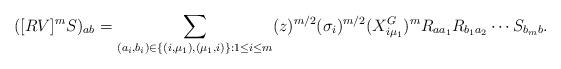
LaTeX: \begin{align*} ([RV]^m S)_{ab}= \sum_{(a_i,b_i) \in \{(i,\mu_1), (\mu_1,i)\}:1 \leq i \leq m} (z)^{m/2}(\sigma_i)^{m/2} (X^G_{i\mu_1})^m R_{a a_1} R_{b_1 a_2} \cdots S_{b_m b}.\end{align*}